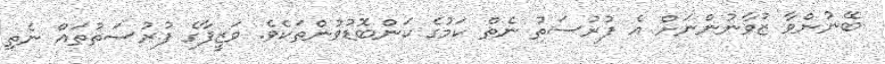
ބޭނުންވާ ޒުވާނުންނަށް އެ ފުރުސަތު ނެތް ކަމުގެ ކަންބޮޑުވުންތަކެވެ. ވަޒީފާގެ ފުރުސަތުތައް ނެތި